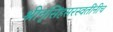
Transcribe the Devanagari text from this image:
श्रीनृसिंहसरस्वतींनीच